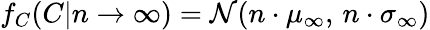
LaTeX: f_{C}(C|n\rightarrow\infty)=\mathcal{N}(n\cdot\mu_{\infty},\, n\cdot\sigma_{\infty})